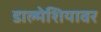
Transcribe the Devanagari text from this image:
डाल्मेशियावर